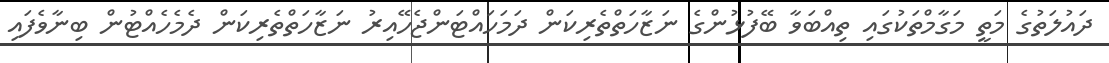
ދައުލަތުގެ މަތީ މަގާމްތަކުގައި ތިއްބަވާ ބޭފުޅުންގެ ނަޒާހަތްތެރިކަން ދަމަހައްޓަންޖެހޭއިރު ނަޒާހަތްތެރިކަން ދެމެހެއްޓުން ބިނާވެފައި